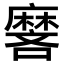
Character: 𬹏